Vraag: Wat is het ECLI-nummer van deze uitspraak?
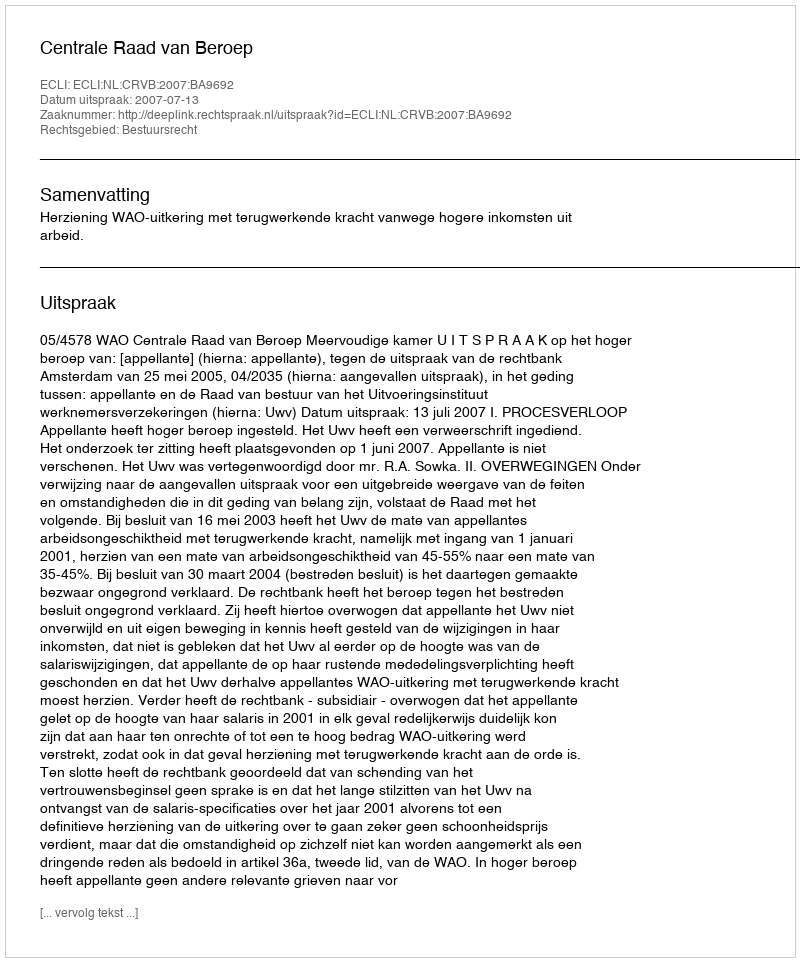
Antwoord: ECLI:NL:CRVB:2007:BA9692